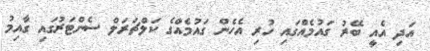
އަދި އެއީ ބޭރު ގައުމެއްގައި ހުރި އެހެން ގައުމެއްގެ ކަލްޗަރަލް ސެންޓަރުގައި ގާއިމު